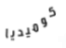
كوميديا